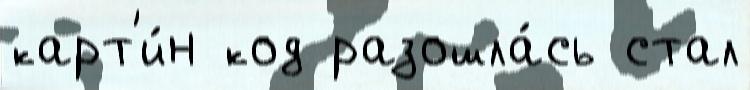
карт'и́н код разошла́сь стал